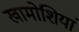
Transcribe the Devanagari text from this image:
खामोशियां